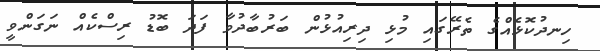
ހިނދުކޮޅެއްގެ ތެރޭގައި މުޅި ދިރިއުޅުން ބަރުބާދުވާ ފަދަ ބޮޑު ރިސްކެއް ނަގަންވީ